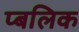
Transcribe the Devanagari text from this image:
प्बलिक